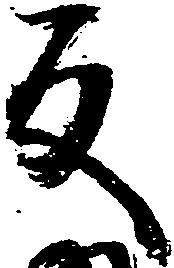
反